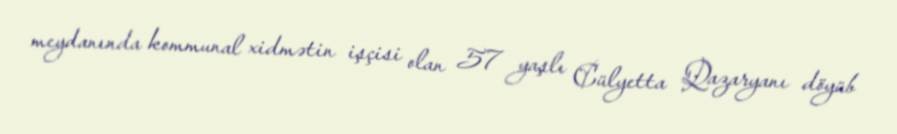
meydanında kommunal xidmətin işçisi olan 57 yaşlı Cülyetta Qazaryanı döyüb